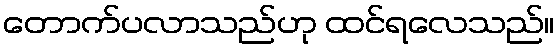
တောက်ပလာသည်ဟု ထင်ရလေသည်။